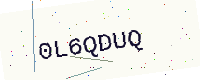
Text: 0L6QDUQ